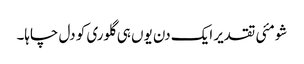
شومئی تقدیر ایک دن یوں ہی گلوری کو دل چاہا۔